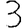
Digit: 3